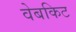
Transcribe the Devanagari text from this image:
वेबकिट